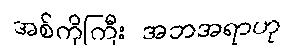
အစ်ကိုကြီး အဘအရာဟု